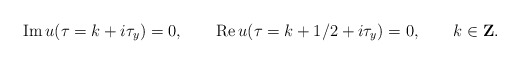
\begin{align*}{\rm Im}\,u(\tau=k+i\tau_y)=0, \qquad{\rm Re}\, u(\tau=k+1/2+i\tau_y)=0,\qquad k\in {\bf Z}.\end{align*}